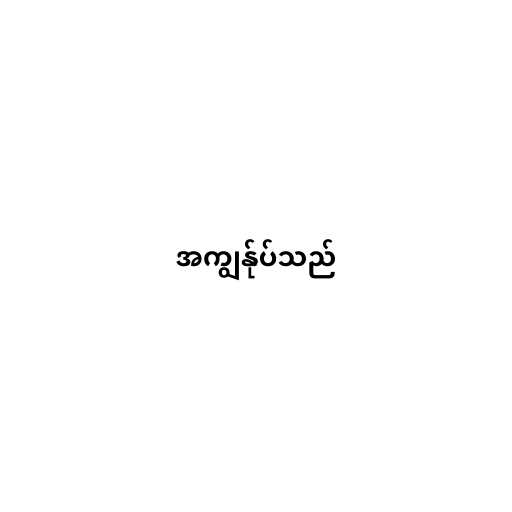
အကျွန်ုပ်သည်